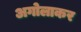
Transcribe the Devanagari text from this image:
अगोलाकर